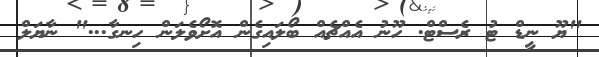
"ޔޫ ނީޑް ޓު ރެސްޓް. ހޫނު އެއްޗެއް ބޯލައިގެން އޮށޯވެލަން ހިނގާ..." ނާޔަލް